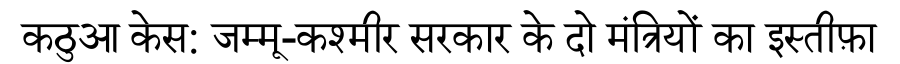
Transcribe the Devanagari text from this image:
कठुआ केस: जम्मू-कश्मीर सरकार के दो मंत्रियों का इस्तीफ़ा